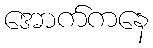
အောက်ကနေ